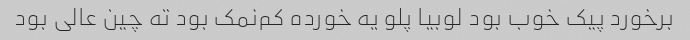
برخورد پیک خوب بود لوبیا پلو یه خورده کم‌نمک بود ته چین عالی بود